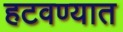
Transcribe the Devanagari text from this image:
हटवण्यात